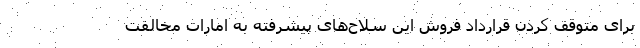
برای متوقف کردن قرارداد فروش این سلاح‌های پیشرفته به امارات مخالفت